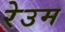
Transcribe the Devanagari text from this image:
रेउम